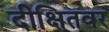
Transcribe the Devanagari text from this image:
दीक्षितवर